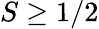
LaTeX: S\ge 1/2